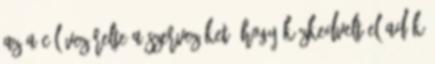
az a cél vezérelte a szervezőket, hogy közkedvelt előadók